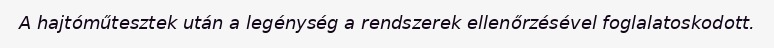
A hajtóműtesztek után a legénység a rendszerek ellenőrzésével foglalatoskodott.